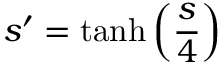
{ s ^ { \prime } = \operatorname { t a n h } \left( \frac { s } { 4 } \right) }